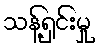
သန့်ရှင်းမှု